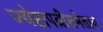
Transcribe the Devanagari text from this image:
ज्येष्ठापत्नीसमेताय